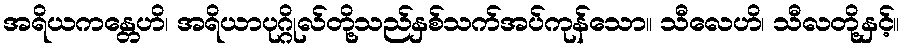
အရိယကန္တေဟိ၊ အရိယာပုဂ္ဂိုလ်တို့သည်နှစ်သက်အပ်ကုန်သော။ သီလေဟိ၊ သီလတို့နှင့်။